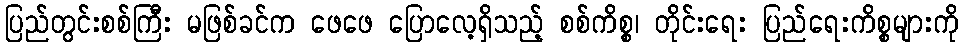
ပြည်တွင်းစစ်ကြီး မဖြစ်ခင်က ဖေဖေ ပြောလေ့ရှိသည့် စစ်ကိစ္စ၊ တိုင်းရေး ပြည်ရေးကိစ္စများကို